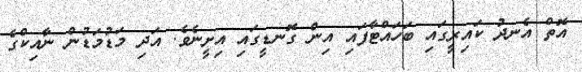
އޮތް އެނދު ކައިރީގައި ބަހައްޓާފައި އިން ގޮނޑީގައި އިށީނެވެ. އަދި މަޑުމަޑުން ނާއިކްގެ